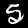
Digit: 5